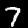
Label: 7